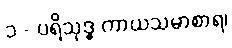
၁ - ပရိသုဒ္ဓ ကာယသမာစာရ၊